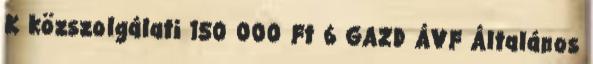
K közszolgálati 150 000 Ft 6 GAZD ÁVF Általános